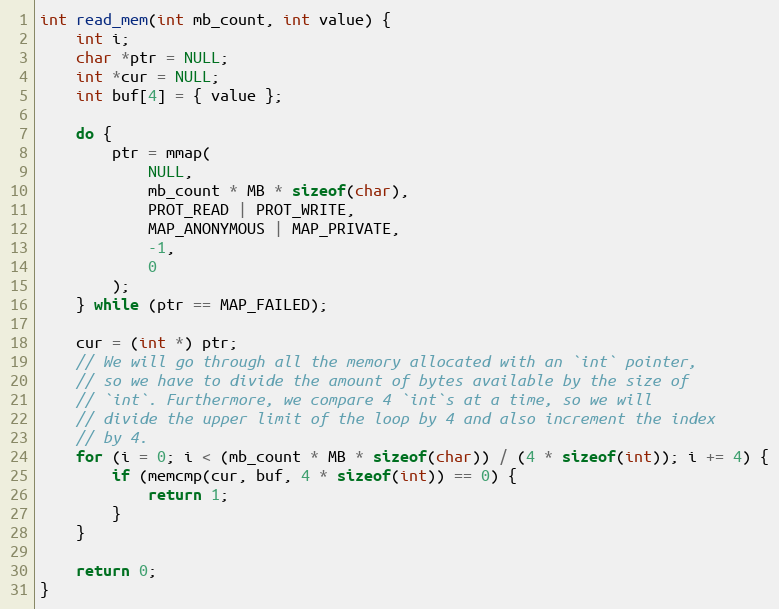
Language: C
int read_mem(int mb_count, int value) {
    int i;
    char *ptr = NULL;
    int *cur = NULL;
    int buf[4] = { value };

    do {
        ptr = mmap(
            NULL,
            mb_count * MB * sizeof(char),
            PROT_READ | PROT_WRITE,
            MAP_ANONYMOUS | MAP_PRIVATE,
            -1,
            0
        );
    } while (ptr == MAP_FAILED);

    cur = (int *) ptr;
    // We will go through all the memory allocated with an `int` pointer,
    // so we have to divide the amount of bytes available by the size of
    // `int`. Furthermore, we compare 4 `int`s at a time, so we will
    // divide the upper limit of the loop by 4 and also increment the index
    // by 4.
    for (i = 0; i < (mb_count * MB * sizeof(char)) / (4 * sizeof(int)); i += 4) {
        if (memcmp(cur, buf, 4 * sizeof(int)) == 0) {
            return 1;
        }
    }

    return 0;
}